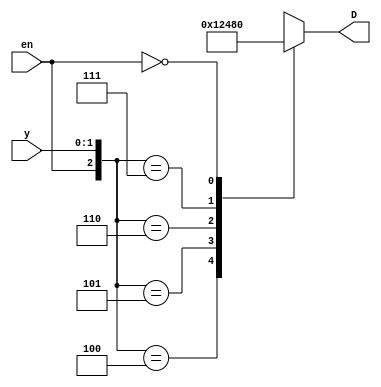
`timescale 1ns / 1ps
//////////////////////////////////////////////////////////////////////////////////
// Company: 
// Engineer: 
// 
// Design Name: 
// Module Name: decoder_24_casex
// Project Name: 
// Target Devices: 
// Tool Versions: 
// Description: 
// 
// Dependencies: 
// 
// Revision:
// Revision 0.01 - File Created
// Additional Comments:
// 
//////////////////////////////////////////////////////////////////////////////////


module decoder_24_casex(D,y,en);
output reg [3:0]D;
input [1:0]y;
input en;
always @(y or en or D) begin
casex({en,y})
3'b100 : D=4'b0001;
3'b101 : D=4'b0010;
3'b110 : D=4'b0100;
3'b111 : D=4'b1000;
3'b0?? : D=4'b0000;
endcase
end
endmodule